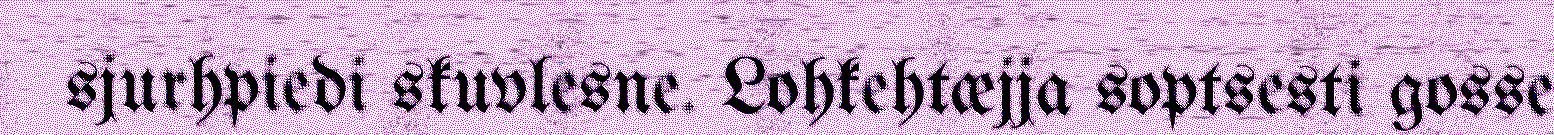
sjurhpiedi skuvlesne. Lohkehtæjja soptsesti gosse